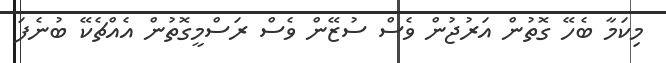
މިކަމާ ބެހޭ ގޮތުން އަރުޖުން ވެސް ސުޒޭން ވެސް ރަސްމީގޮތުން އެއްޗެކޭ ބުނެފަ